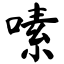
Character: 嗉